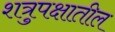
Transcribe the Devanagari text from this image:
शत्रुपक्षातील